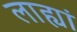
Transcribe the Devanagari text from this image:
लाह्यां